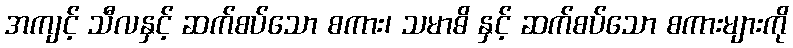
အကျင့် သီလနှင့် ဆက်စပ်သော စကား၊ သမာဓိ နှင့် ဆက်စပ်သော စကားများကို